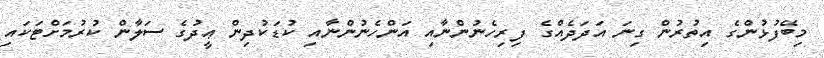
މިބޭފުޅުންގެ އިތުރުން ގިނަ އަދަދެއްގެ ފިރިހެނުންނާއި އަންހެނުންނާއި ކުޑަކުދިން ޢީދުގެ ސަލާން ކުރުމަށްޓަކައި